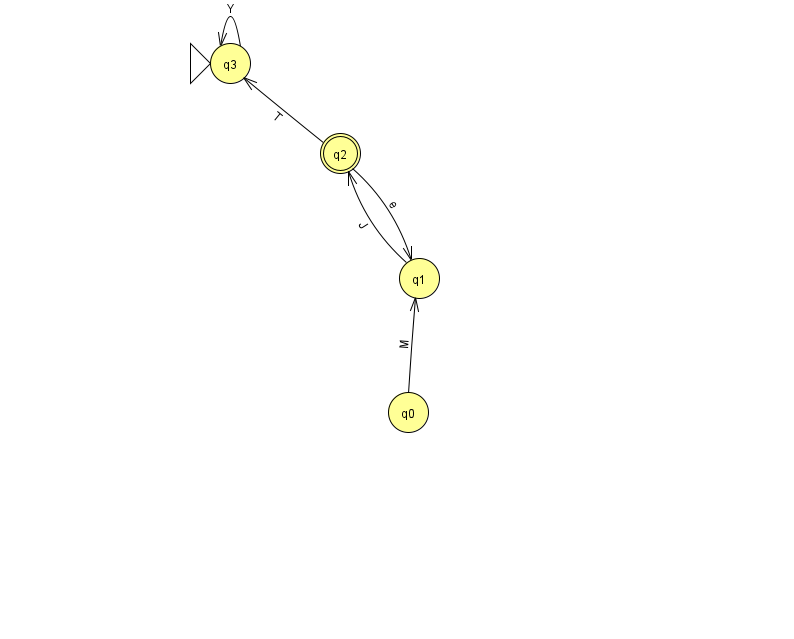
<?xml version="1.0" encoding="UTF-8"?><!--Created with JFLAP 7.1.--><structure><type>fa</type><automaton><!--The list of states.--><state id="0" name="q0"><x>408.0</x><y>399.0</y></state><state id="1" name="q1"><x>419.0</x><y>265.0</y></state><state id="2" name="q2"><x>340.0</x><y>140.0</y><final/></state><state id="3" name="q3"><x>230.0</x><y>50.0</y><initial/></state><!--The list of transitions.--><transition><from>2</from><to>3</to><read>T</read></transition><transition><from>0</from><to>1</to><read>M</read></transition><transition><from>1</from><to>2</to><read>J</read></transition><transition><from>2</from><to>1</to><read>e</read></transition><transition><from>3</from><to>3</to><read>Y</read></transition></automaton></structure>